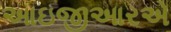
આઇજીઆરએ